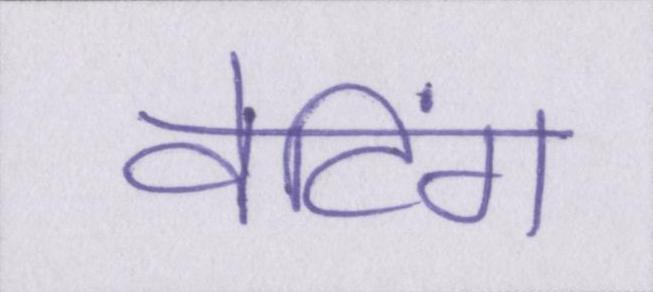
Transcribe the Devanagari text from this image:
वेटिंग